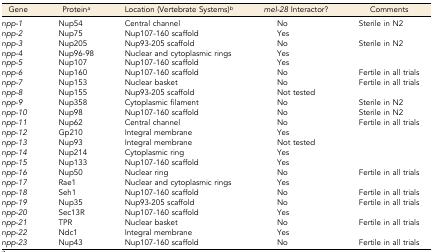
<table><thead><tr><td><b>Gene</b></td><td><b>Protein<i><sup>a</sup></i></b></td><td><b>Location (Vertebrate Systems)<i><sup>b</sup></i></b></td><td><b><i>mel-28</i> Interactor?</b></td><td><b>Comments</b></td></tr></thead><tbody><tr><td><i>npp-1</i></td><td>Nup54</td><td>Central channel</td><td>No</td><td>Sterile in N2</td></tr><tr><td><i>npp-2</i></td><td>Nup75</td><td>Nup107-160 scaffold</td><td>Yes</td><td></td></tr><tr><td><i>npp-3</i></td><td>Nup205</td><td>Nup93-205 scaffold</td><td>No</td><td>Sterile in N2</td></tr><tr><td><i>npp-4</i></td><td>Nup96-98</td><td>Nuclear and cytoplasmic rings</td><td>Yes</td><td></td></tr><tr><td><i>npp-5</i></td><td>Nup107</td><td>Nup107-160 scaffold</td><td>Yes</td><td></td></tr><tr><td><i>npp-6</i></td><td>Nup160</td><td>Nup107-160 scaffold</td><td>No</td><td>Fertile in all trials</td></tr><tr><td><i>npp-7</i></td><td>Nup153</td><td>Nuclear basket</td><td>No</td><td>Fertile in all trials</td></tr><tr><td><i>npp-8</i></td><td>Nup155</td><td>Nup93-205 scaffold</td><td>Not tested</td><td></td></tr><tr><td><i>npp-9</i></td><td>Nup358</td><td>Cytoplasmic filament</td><td>No</td><td>Sterile in N2</td></tr><tr><td><i>npp-10</i></td><td>Nup98</td><td>Nup107-160 scaffold</td><td>No</td><td>Sterile in N2</td></tr><tr><td><i>npp-11</i></td><td>Nup62</td><td>Central channel</td><td>No</td><td>Fertile in all trials</td></tr><tr><td><i>npp-12</i></td><td>Gp210</td><td>Integral membrane</td><td>Yes</td><td></td></tr><tr><td><i>npp-13</i></td><td>Nup93</td><td>Integral membrane</td><td>Not tested</td><td></td></tr><tr><td><i>npp-14</i></td><td>Nup214</td><td>Cytoplasmic ring</td><td>Yes</td><td></td></tr><tr><td><i>npp-15</i></td><td>Nup133</td><td>Nup107-160 scaffold</td><td>Yes</td><td></td></tr><tr><td><i>npp-16</i></td><td>Nup50</td><td>Nuclear ring</td><td>No</td><td>Fertile in all trials</td></tr><tr><td><i>npp-17</i></td><td>Rae1</td><td>Nuclear and cytoplasmic rings</td><td>Yes</td><td></td></tr><tr><td><i>npp-18</i></td><td>Seh1</td><td>Nup107-160 scaffold</td><td>No</td><td>Fertile in all trials</td></tr><tr><td><i>npp-19</i></td><td>Nup35</td><td>Nup93-205 scaffold</td><td>No</td><td>Fertile in all trials</td></tr><tr><td><i>npp-20</i></td><td>Sec13R</td><td>Nup107-160 scaffold</td><td>Yes</td><td></td></tr><tr><td><i>npp-21</i></td><td>TPR</td><td>Nuclear basket</td><td>No</td><td>Fertile in all trials</td></tr><tr><td><i>npp-22</i></td><td>Ndc1</td><td>Integral membrane</td><td>Yes</td><td></td></tr><tr><td><i>npp-23</i></td><td>Nup43</td><td>Nup107-160 scaffold</td><td>No</td><td>Fertile in all trials</td></tr></tbody></table>